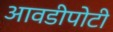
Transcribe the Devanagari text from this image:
आवडीपोटी